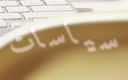
سياسات